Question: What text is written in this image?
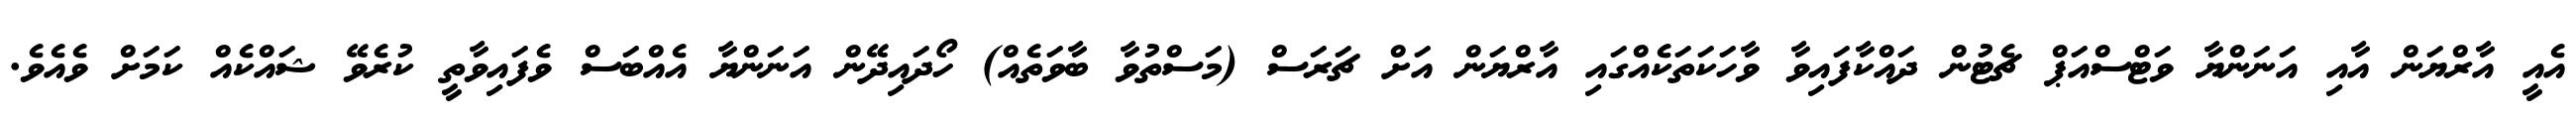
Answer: އެއީ އާރްޔަން އާއި އަނަންޔާ ވަޓްސްއަޕް ޗެޓުން ދައްކާފައިވާ ވާހަކަތަކެއްގައި އާރްޔަން އަށް ޗަރަސް (މަސްތުވާ ބާވަތެއް) ހޯދައިދޭން އަނަންޔާ އެއްބަސް ވެފައިވާތީ ކުރެވޭ ޝައްކެއް ކަމަށް ވެއެވެ.